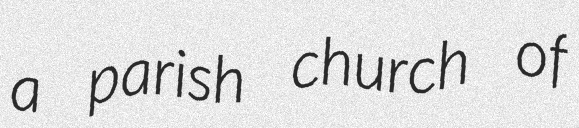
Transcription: a parish church of